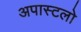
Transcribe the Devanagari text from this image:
अपास्टलो